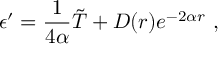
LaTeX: \epsilon ^ { \prime } = \frac { 1 } { 4 \alpha } \tilde { T } + D ( r ) e ^ { - 2 \alpha r } \ ,